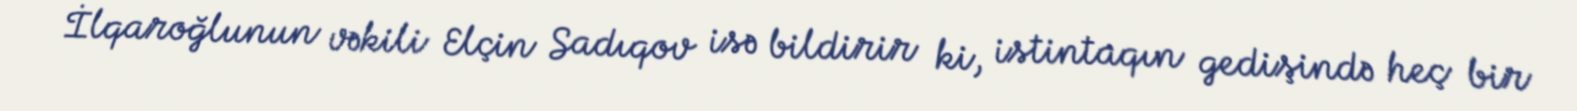
İlqaroğlunun vəkili Elçin Sadıqov isə bildirir ki, istintaqın gedişində heç bir